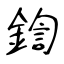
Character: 鍧